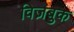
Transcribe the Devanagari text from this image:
विज़बुक